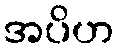
အပိဟ